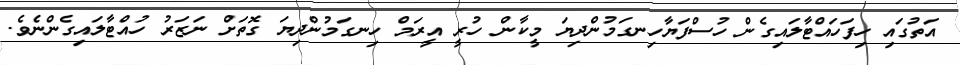
އަތުގައި ހިފަހައްޓާލައިގެން ހުސްފަޔާހިނގަމުންދިޔަ މީކާން ހުރީ އީރަމް ހިނގަމުންދިޔަ ގޮތަށް ނަޒަރު ހުއްޓާލައިގެންނެވެ.